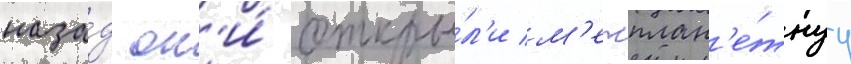
наза́д он'и́ откры́л'и м'ежплан'е́тнуу